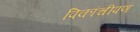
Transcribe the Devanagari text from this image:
पिकांचीपण